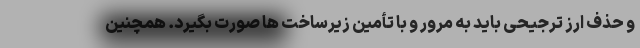
و حذف ارز ترجیحی باید به مرور و با تأمین زیرساخت ها صورت بگیرد. همچنین